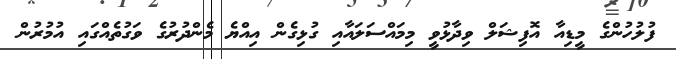
ފުލުހުންގެ މީޑިއާ އޮފިޝަލް ވިދާޅުވީ މިމައްސަލައާއި ގުޅިގެން އިއްޔެ މެންދުރުގެ ވަގުތެއްގައި އުމުރުން